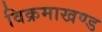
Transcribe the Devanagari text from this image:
विक्रमाखण्ड